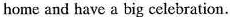
home and have a big celebration.